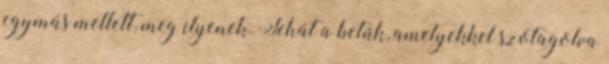
egymás mellett, meg ilyenek. Tehát a betűk, amelyekkel szótagolva